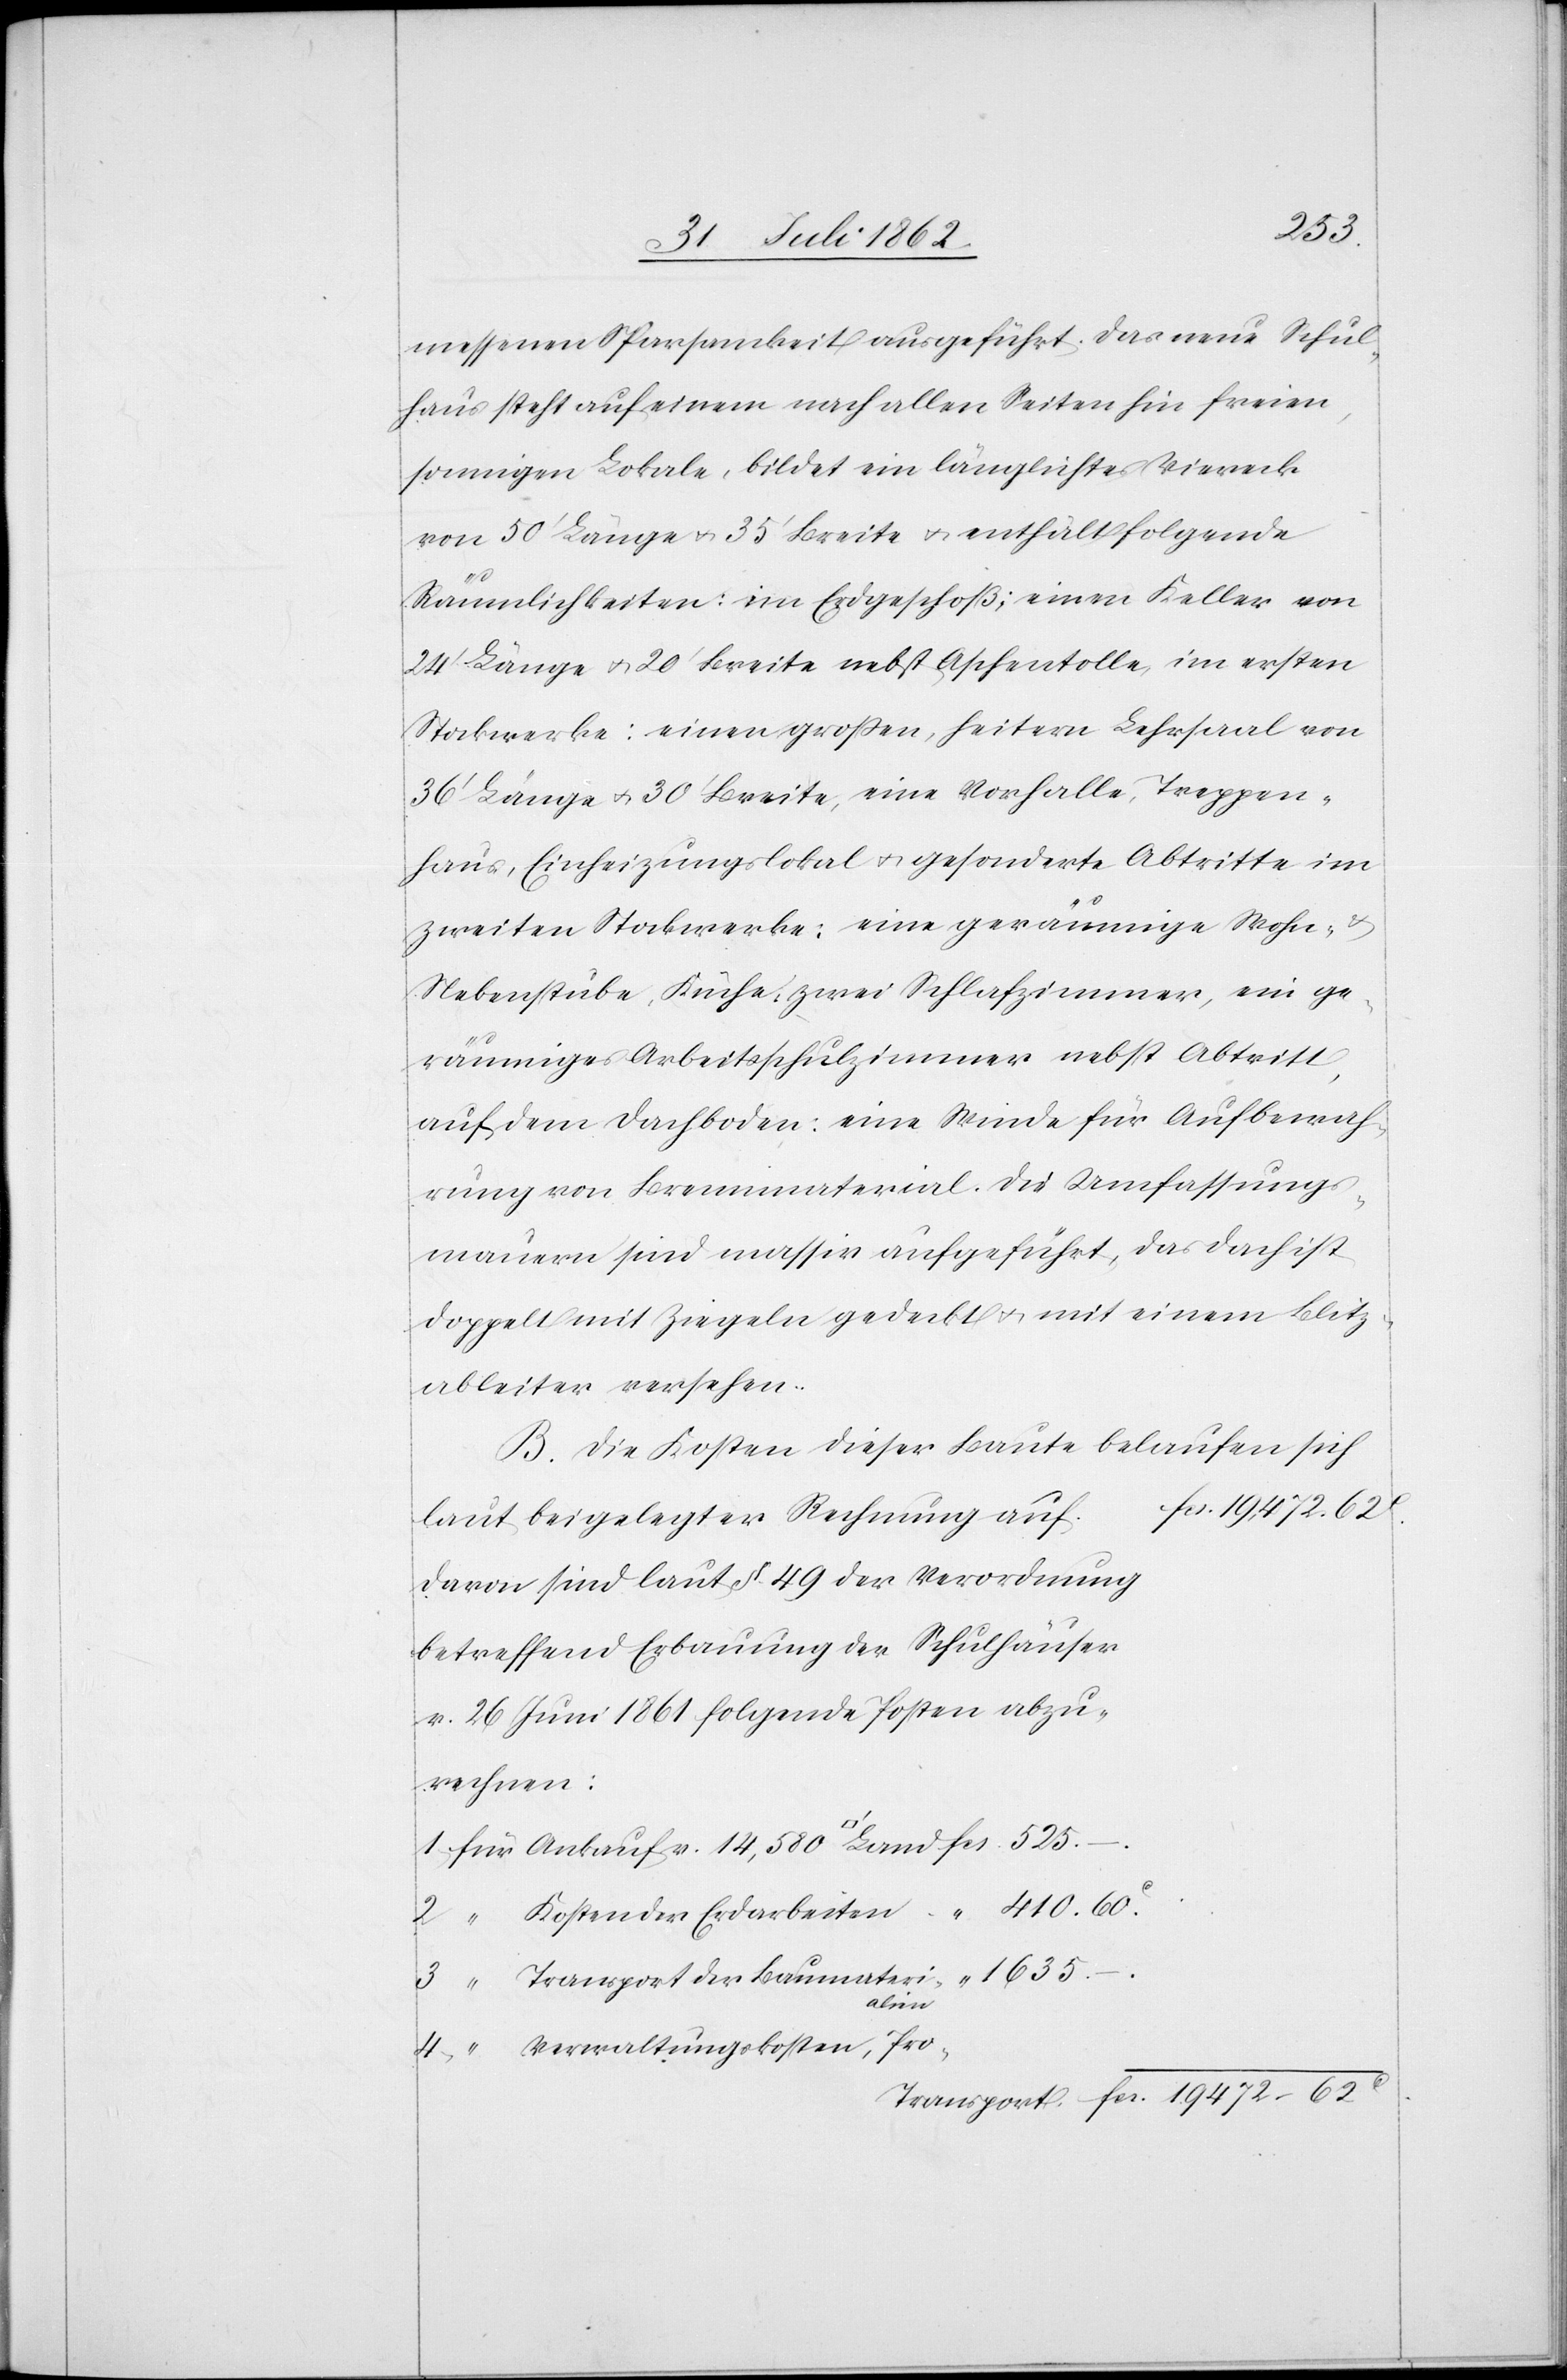
252
messenen Sparsamkeit ausgeführt. Das neue Schul¬
haus steht auf einem nach allen Seiten hin freien,
sonnigen Lokale, bildet ein länglichtes Viereck
von 50’ Länge u. 35’ Breite u. enthält folgende
Räumlichkeiten: im Erdgeschoß; einen Keller von
24’ Länge u. 20’ Breite nebst Aschentolle, im ersten
Stockwerke: einen großen, heitern Lehrsaal von
36’ Länge u. 30’ Breite, eine Vorhalle, Treppen¬
haus, Einheizungslokal u. gesonderte Abtritte im
zweiten Stockwerke: eine geräumige Wohn-
Nebenstube, Küche, zwei Schlafzimmer, ein ge¬
räumiges Arbeitsschulzimmer nebst Abtritt,
auf dem Dachboden: eine Winde für Aufbewah¬
rung von Brennmaterial. Die Umfassungs¬
mauern sind massiv aufgeführt, das Dach ist
doppelt mit Ziegeln gedeckt u. mit einem Blitz¬
ableiter versehen.
B. Die Kosten dieser Baute belaufen sich
laut beigelegter Rechnung auf
davon sind laut § 49 der Verordnung
betreffend Erbauung der Schulhäuser
v. 26. Juni 1861 folgende Posten abzu¬
rechnen:
2.
Transport der Baumaterialien
4.
Verwaltungskosten, Pro-